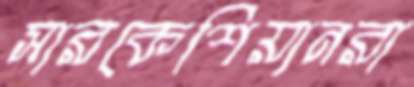
সারকেশিয়ানরা